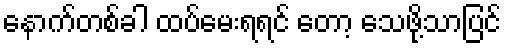
နောက်တစ်ခါ ထပ်မေးရရင် တော့ သေဖို့သာပြင်